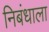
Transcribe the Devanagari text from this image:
निबंधाला